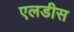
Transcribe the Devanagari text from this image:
एलडीस